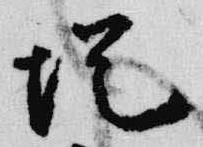
堤